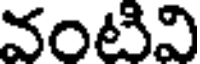
వంటివి